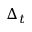
\Delta _ { t }